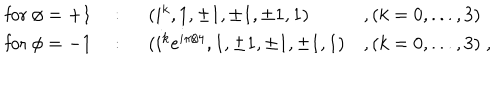
\begin{array} { l l l l } { { \mathrm { f o r ~ } \phi = + 1 } } & { { ~ : ~ } } & { { ( i ^ { k } , 1 , \pm 1 , \pm 1 , \pm 1 , 1 ) } } & { { , ( k = 0 , . . . , 3 ) } } \\ { { \mathrm { f o r ~ } \phi = - 1 } } & { { ~ : ~ } } & { { ( i ^ { k } e ^ { i \pi / 4 } , 1 , \pm 1 , \pm 1 , \pm 1 , 1 ) } } & { { , ( k = 0 , . . . , 3 ) \; , } } \\ \end{array}